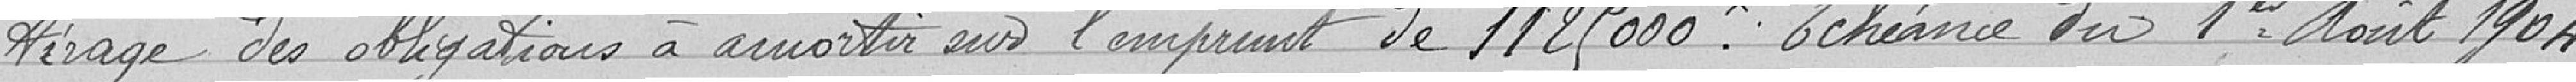
tirage des obligations à amortir sur l'emprunt de 1125000. Échéance du 1er août 1904.